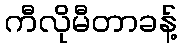
ကီလိုမီတာခန့်